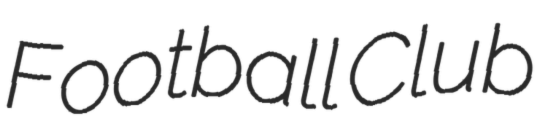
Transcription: Football Club